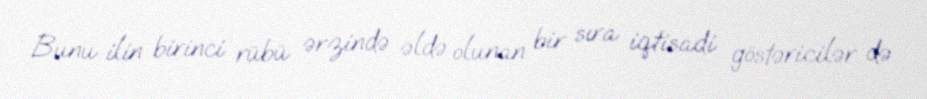
Bunu ilin birinci rübü ərzində əldə olunan bir sıra iqtisadi göstəricilər də